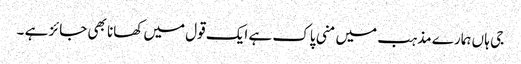
جی ہا ں ہمارے مذہب میں منی پاک ہے ایک قول میں کھانا بھی جائز ہے ۔